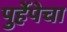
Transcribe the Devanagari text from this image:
पुर्हेपेचा